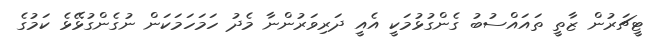
ޓީޗަރުން ޒާތީ ތައައްސުބު ގެންގުޅުމަކީ އެއީ ދަރިވަރުންނާ މެދު ހަމަހަމަކަން ނުގެންގުޅޭޅެ ކަމުގެ